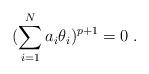
LaTeX: \begin{align*}(\sum^{N}_{i=1} a_{i}\theta_{i})^{p+1}=0\; .\end{align*}